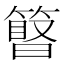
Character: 𥲹